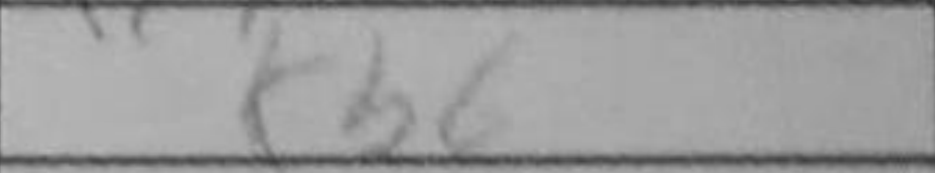
Transcription: Kb6